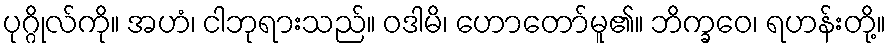
ပုဂ္ဂိုလ်ကို။ အဟံ၊ ငါဘုရားသည်။ ဝဒါမိ၊ ဟောတော်မူ၏။ ဘိက္ခဝေ၊ ရဟန်းတို့။